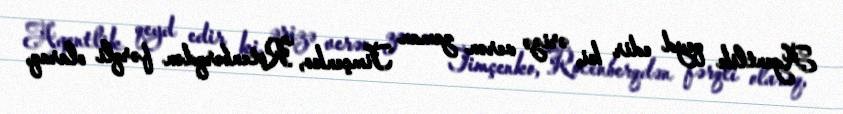
Agentlik qeyd edir ki, ərizə verən zaman Timçenko, Rotenberqdən fərqli olaraq,